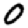
Digit: 0